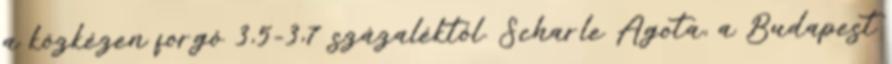
a közkézen forgó 3,5-3,7 százaléktól. Scharle Ágota, a Budapest